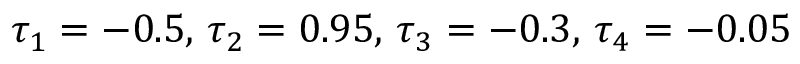
\tau _ { 1 } = - 0 . 5 , \, \tau _ { 2 } = 0 . 9 5 , \, \tau _ { 3 } = - 0 . 3 , \, \tau _ { 4 } = - 0 . 0 5